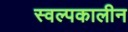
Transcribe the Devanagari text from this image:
स्वल्पकालीन